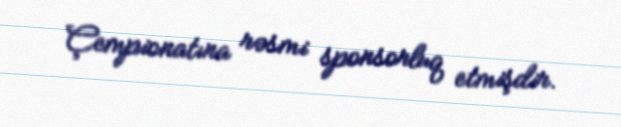
Çempionatına rəsmi sponsorluq etmişdir.